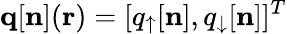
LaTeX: {\mathbf q}[{\mathbf n}]({\mathbf r})=[q_{\uparrow}[{\mathbf n}],q_{\downarrow}[{\mathbf n}]]^{T}